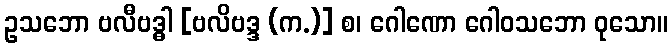
ဥသဘော ဗလီဗဒ္ဓါ [ဗလိဗဒ္ဒ (က.)] စ၊ ဂေါဏော ဂေါဝသဘော ဝုသော။